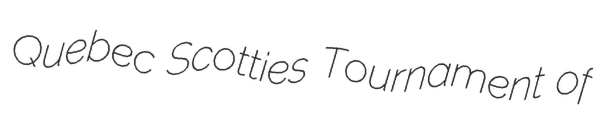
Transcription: Quebec Scotties Tournament of